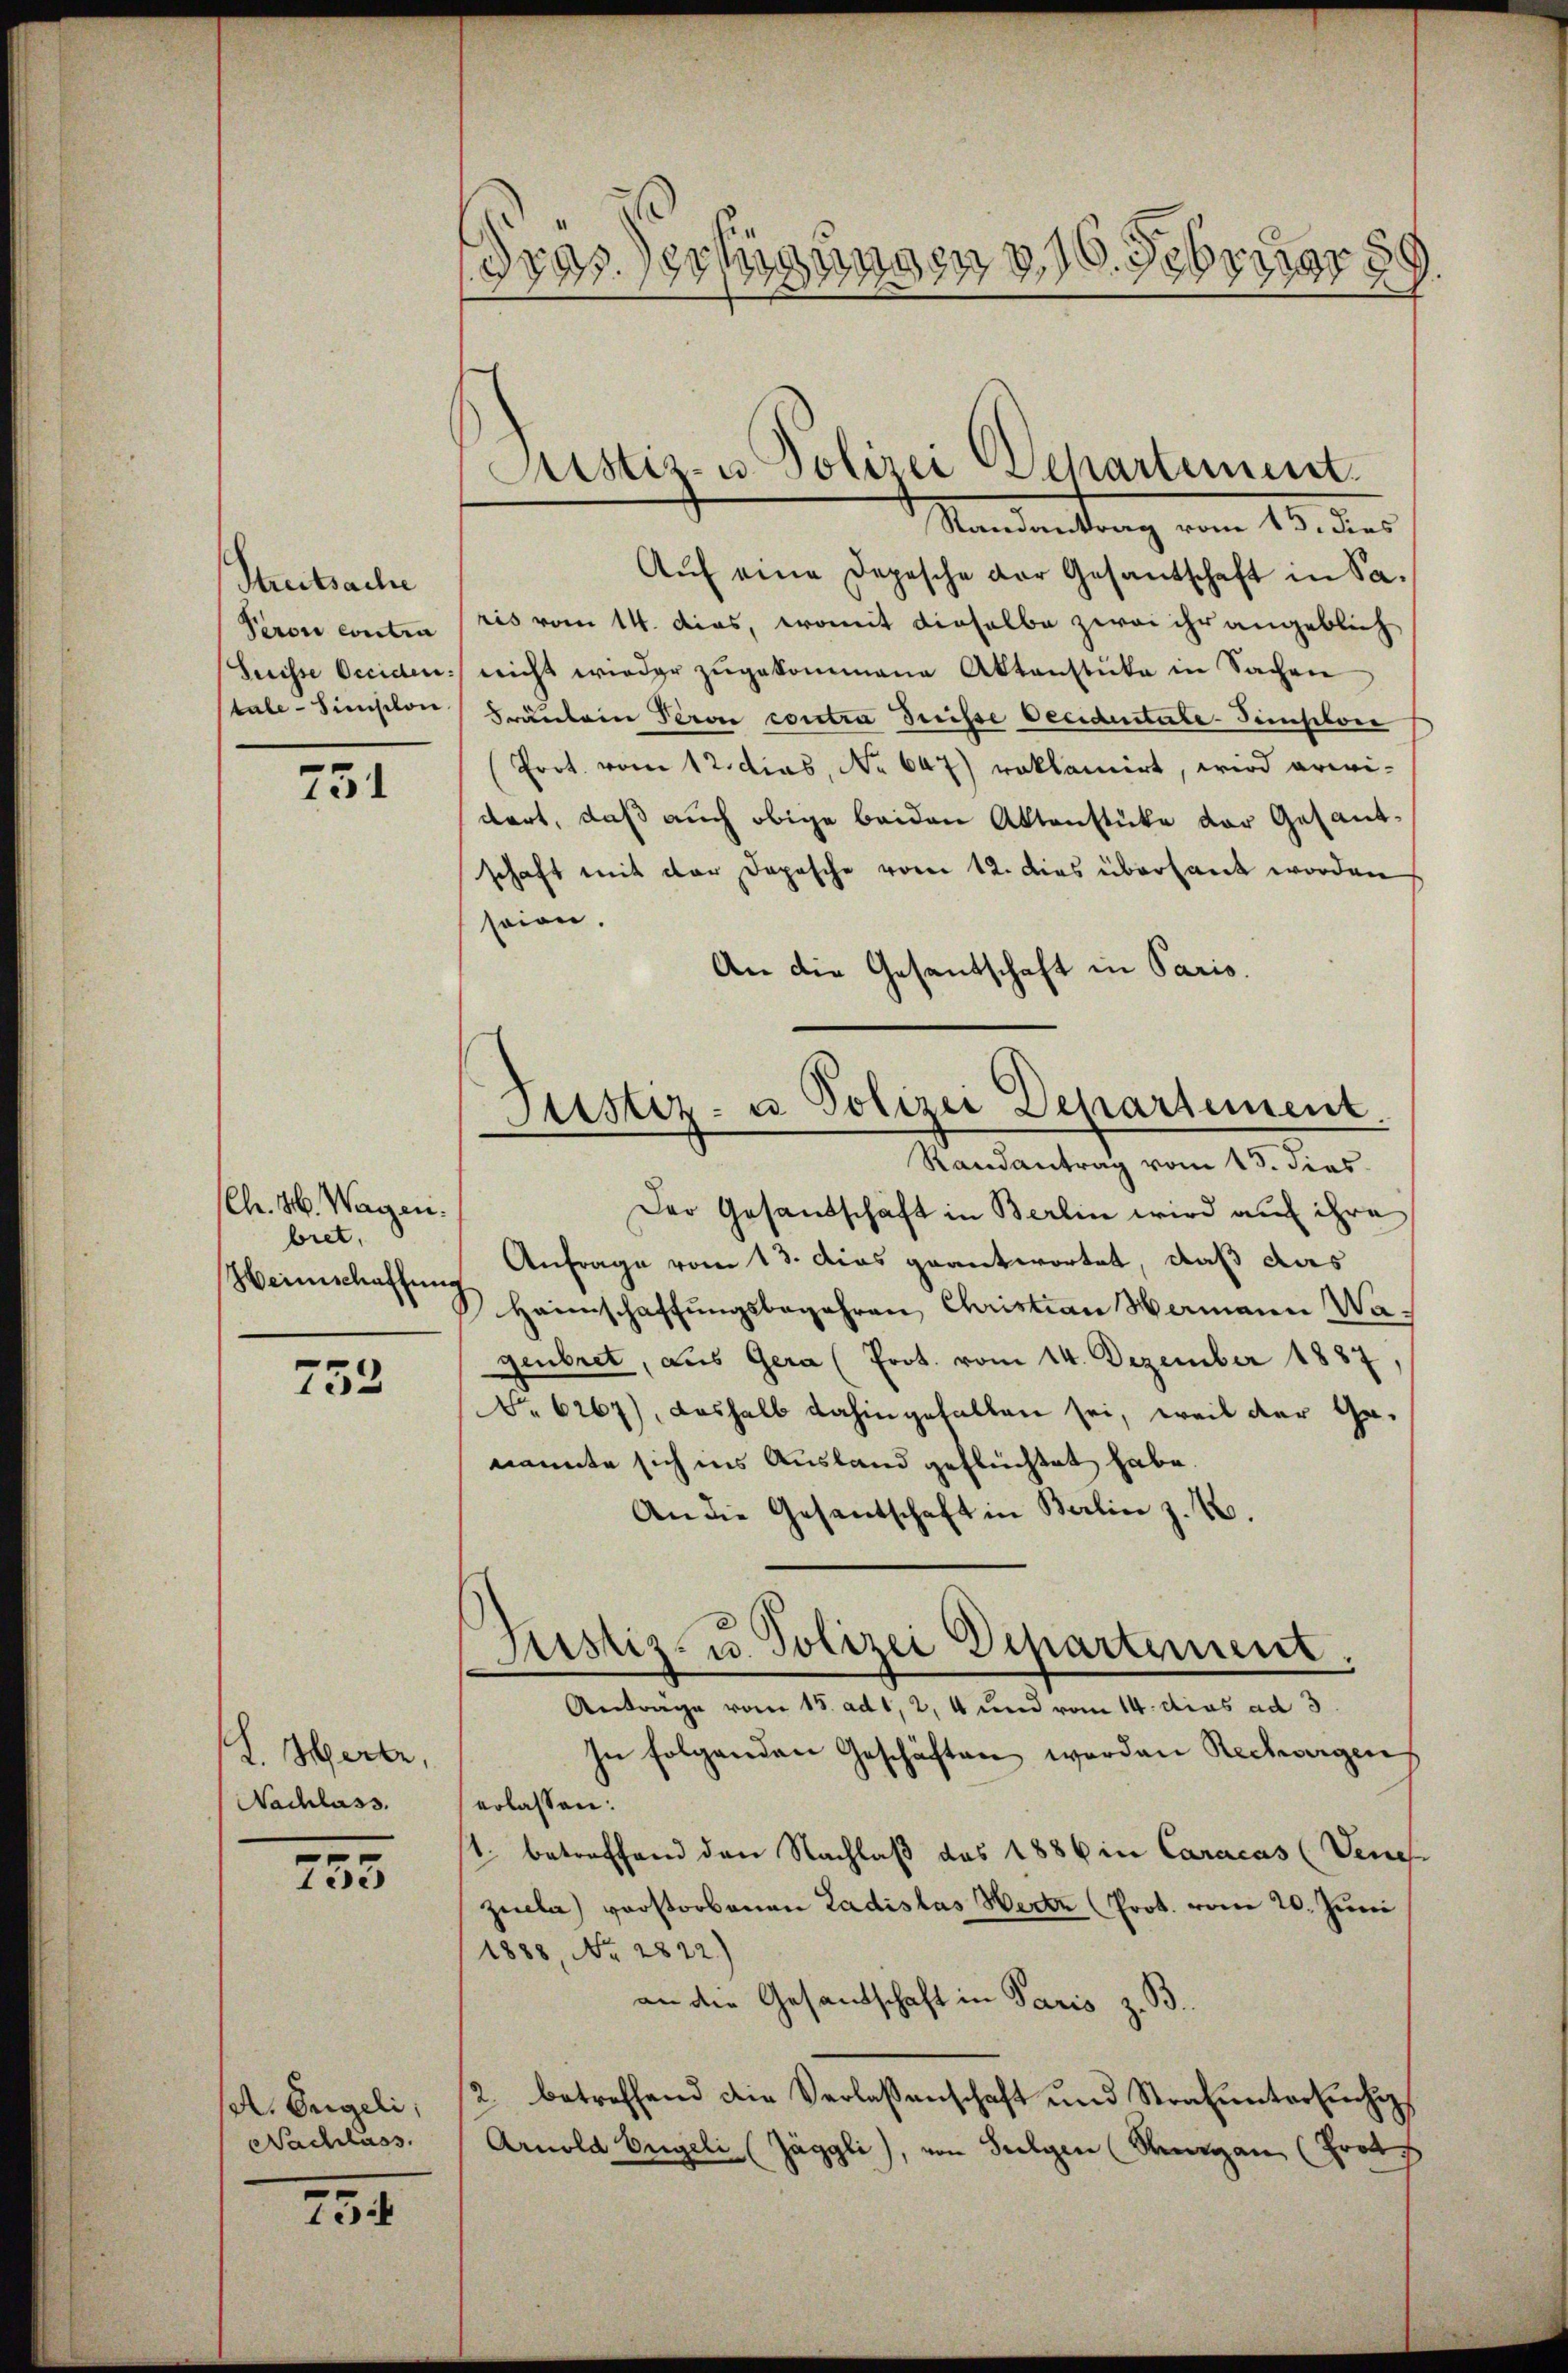
Streitsache
Peron Contra
Herisse Occiden:
tale - Simischon

751

(Ch. 26. Wagen.
bret.
Heimschaffung

752

I. Herte,
Nachlass.

755

. Engeli,
Nachlass.

75

Tras) erfügung
d. 16. Februar 19

Justiz- u. Polizei Departement.
Randantrag vom 15. dies

Aŭf eine Depesche der Gesantschaft in Sa-
ris vom 14. Dias, womit dieselbe zwei ihr angeblich
nicht wieder zŭgekommene Aktenstüke in Sachen
Fräulein Pero contra Suisse Oeciduitate-Tiselon
Prot. vom 12. dies, No 647) reklamirt, wird erwidert, daß auch obige beiden Aktenstücke der Gesandschaft mit der Depesche vom 12. dies übersant worden
sein.
An die Gesandschaft in Paris.
Der Gesandschaft in Berlin wird auf ihre
Anfrage vom 13. das geantwortet, daß das
Haimschaftungsbegehren Christian Mamann Wagenbret, aus Gera (Prot. vom 14. Dezember 1887,
No 6267), deshalb dahingefallen sei, weil der Ge-
nannte sich ins Ausland geflüchtet habe.
An die Gesandschaft in Berlin z. B.
Justiz- u. Polizei Departement.
Antrage vom 15. ad 1, 2, 4 und vom 14. dies ad 3
In folgenden Geschäften worden Rechargen
erlassen.
1. betreffend den Nachlaß des 1886 in Caracas (Vene
zucla) vorstorbenen Ladislas Werter (Prot. vom 20. Juni
1888, No 2812.)
an die Gesandschaft in Paris z. B.
/2 betreffend die Verlassenschaft und Strafuntersuchig
Arnold beigeli (Jäggli), von Sulgen (Vergan (Prot

Justiz- u Polizei Departement.
Randantrag vom 15. dies